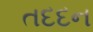
તદદન